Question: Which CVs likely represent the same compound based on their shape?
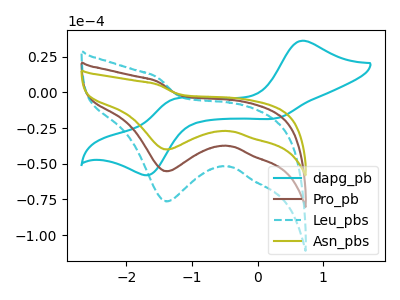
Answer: <think>The cyan curve "dapg_pb" has anodic peaks at (0.65V, 36.05uA) (-1.30V, -5.15uA) and cathodic peaks at (0.30V, -17.95uA) (-1.65V, -57.60uA). The brown curve "Pro_pb" has a cathodic peak at: (-1.40V, -55.25uA). The cyan dashed curve "Leu_pbs" has a cathodic peak at: (-1.40V, -110.50uA). The olive curve "Asn_pbs" has a cathodic peak at: (-1.40V, -40.00uA).
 "dapg_pb" and "Pro_pb" have a different number of peaks. "dapg_pb" and "Leu_pbs" have a different number of peaks. "dapg_pb" and "Asn_pbs" have a different number of peaks. All the peaks in "Pro_pb" have a peak in "Leu_pbs" at the same potential. Every peak in "Pro_pb" is lower than every peak in "Leu_pbs". All the peaks in "Pro_pb" have a peak in "Asn_pbs" at the same potential. Every peak in "Pro_pb" is higher than every peak in "Asn_pbs". All the peaks in "Leu_pbs" have a peak in "Asn_pbs" at the same potential. Every peak in "Leu_pbs" is higher than every peak in "Asn_pbs".</think>
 <answer>"Asn_pbs", "Pro_pb" and "Leu_pbs" have the same shape and are likely CV's of the same chemical.</answer>
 <eval>"Asn_pbs" "Pro_pb" "Leu_pbs"</eval>